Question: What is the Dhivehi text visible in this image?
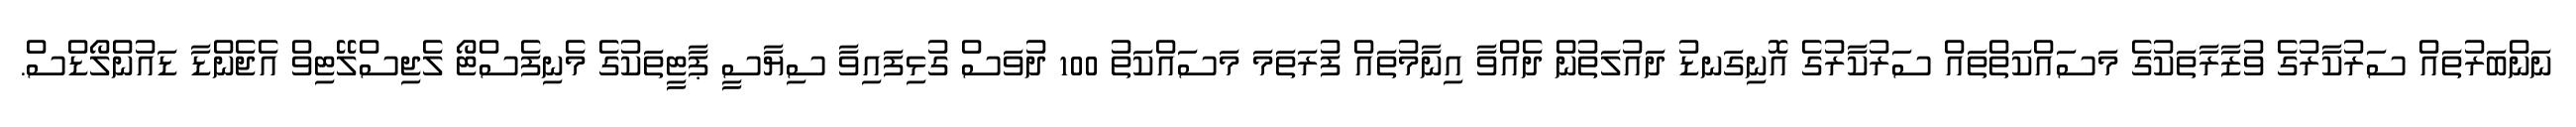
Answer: ނަންބަރުތައް ސަރުކާރުގެ ވުޒާރާތަކުގެ މަސައްކަތްތައް ސަރުކާރުގެ އޮނިގަނޑު ދައުލަތުން ދެއްވާ އިނާމުތައް ފުރަތަމަ މަސައްކަތު 100 ދުވަސް ގުޅިފައިވާ ސިޔާސީ ޕާޓީތަކުގެ މެނިފެސްޓޯ ލެޖިސްލޭޓިވް އެޖެންޑާ ޑައުންލޯޑްސް.